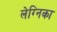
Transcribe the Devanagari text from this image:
लेग्निका